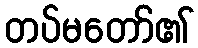
တပ်မတော်၏